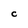
Character: C